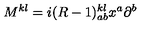
M ^ { k l } = i ( R - 1 ) _ { a b } ^ { k l } x ^ { a } \partial ^ { b }